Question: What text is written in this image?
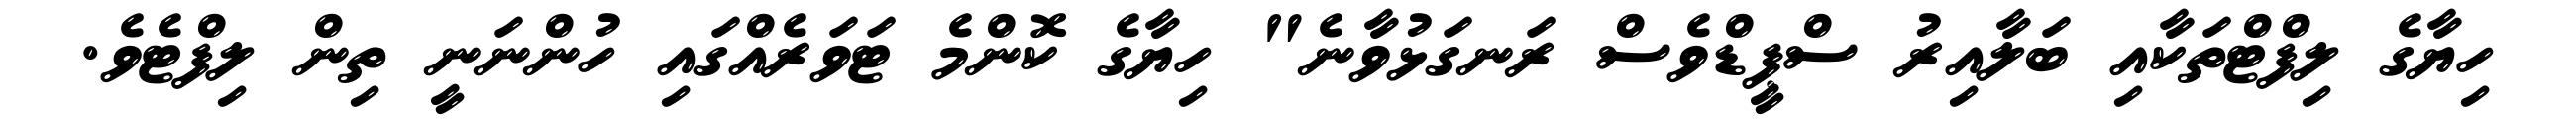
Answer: ހިޔާގެ ލިފްޓްތަކާއި ބަލާއިރު ސްޕީޑްވެސް ރަނގަޅުވާނެ" ހިޔާގެ ކޮންމެ ޓަވަރެއްގައި ހުންނަނީ ތިން ލިފްޓެވެ.